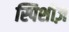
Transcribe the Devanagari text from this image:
स्पिशीज़